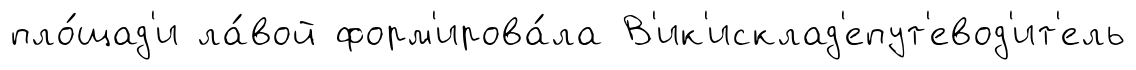
пло́щад'и ла́вой форм'ирова́ла В'ик'исклад'епут'евод'ит'ель